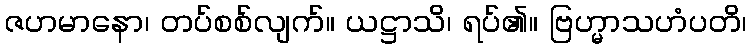
ဇဟမာနော၊ တပ်စစ်လျက်။ ယဋ္ဌာသိ၊ ရပ်၏။ ဗြဟ္မာသဟံပတိ၊